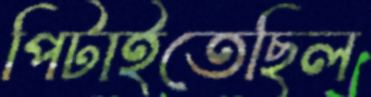
পিটাইতেছিল